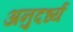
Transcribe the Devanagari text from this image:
अनुदर्ध्य